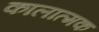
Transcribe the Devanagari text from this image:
कालात्मक